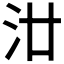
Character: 𣲟